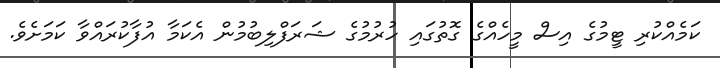
ކަމެއްކުރި ޓީމުގެ އިސް މީހެއްގެ ގޮތުގައި ހުރުމުގެ ޝަރަފްލިބުމުން އެކަމާ އުފާކުރައްވާ ކަމަށެވެ.